Report of the Indian Hemp Drugs Commission, 1894-1895 - Volume I
Year: 1894
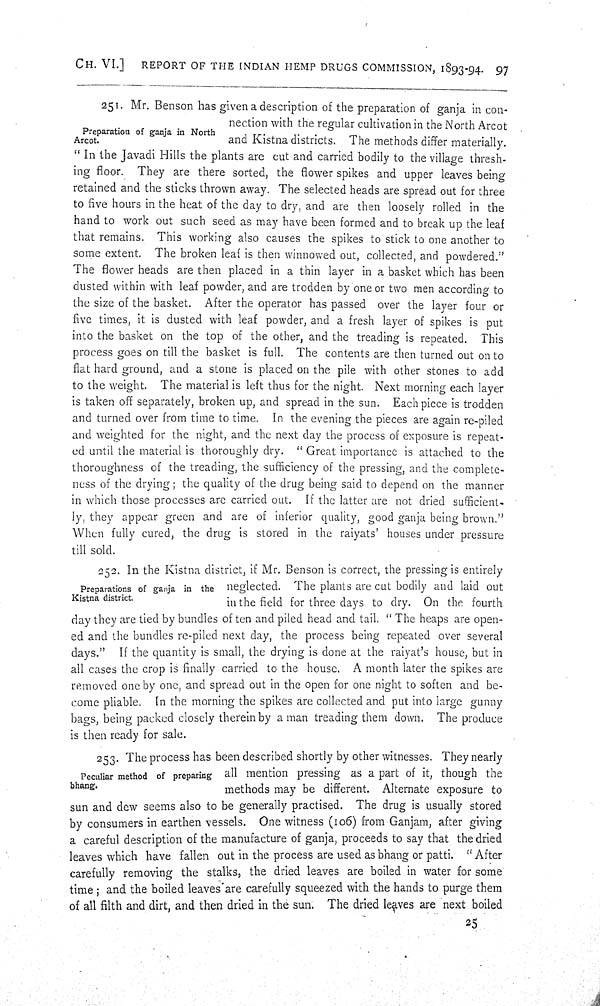
CH. VI.]
REPORT OF THE INDIAN HEMP DRUGS COMMISSION, 1893-94. 97
Preparation of ganja in North
Arcot.
251. Mr. Benson has given a description of the preparation of ganja in con-
nection with the regular cultivation in the North Arcot
and Kistna districts. The methods differ materially.
"In the Javadi Hills the plants are cut and carried bodily to the village thresh-
ing floor. They are there sorted, the flower spikes and upper leaves being
retained and the sticks thrown away. The selected heads are spread out for three
to five hours in the heat of the day to dry, and are then loosely rolled in the
hand to work out such seed as may have been formed and to break up the leaf
that remains. This working also causes the spikes to stick to one another to
some extent. The broken leaf is then winnowed out, collected, and powdered."
The flower heads are then placed in a thin layer in a basket which has been
dusted within with leaf powder, and are trodden by one or two men according to
the size of the basket. After the operator has passed over the layer four or
five times, it is dusted with leaf powder, and a fresh layer of spikes is put
into the basket on the top of the other, and the treading is repeated. This
process goes on till the basket is full. The contents are then turned out on to
flat hard ground, and a stone is placed on the pile with other stones to add
to the weight. The material is left thus for the night. Next morning each layer
is taken off separately, broken up, and spread in the sun. Each piece is trodden
and turned over from time to time. In the evening the pieces are again re-piled
and weighted for the night, and the next day the process of exposure is repeat-
ed until the material is thoroughly dry. "Great importance is attached to the
thoroughness of the treading, the sufficiency of the pressing, and the complete-
ness of the drying; the quality of the drug being said to depend on the manner
in which those processes are carried out. If the latter are not dried sufficient-
ly, they appear green and are of inferior quality, good ganja being brown."
When fully cured, the drug is stored in the raiyats' houses under pressure
till sold.
Preparations of ganja in the
Kistna district.
252. In the Kistna district, if Mr. Benson is correct, the pressing is entirely
neglected. The plants are cut bodily and laid out
in the field for three days to dry. On the fourth
day they are tied by bundles of ten and piled head and tail. "The heaps are open-
ed and the bundles re-piled next day, the process being repeated over several
days." If the quantity is small, the drying is done at the raiyat's house, but in
all cases the crop is finally carried to the house. A month later the spikes are
removed one by one, and spread out in the open for one night to soften and be-
come pliable. In the morning the spikes are collected and put into large gunny
bags, being packed closely therein by a man treading them down. The produce
is then ready for sale.
Peculiar method of preparing
bhang.
253. The process has been described shortly by other witnesses. They nearly
all mention pressing as a part of it, though the
methods may be different. Alternate exposure to
sun and dew seems also to be generally practised. The drug is usually stored
by consumers in earthen vessels. One witness (106) from Ganjam, after giving
a careful description of the manufacture of ganja, proceeds to say that the dried
leaves which have fallen out in the process are used as bhang or patti. "After
carefully removing the stalks, the dried leaves are boiled in water for some
time; and the boiled leaves are carefully squeezed with the hands to purge them
of all filth and dirt, and then dried in the sun. The dried leaves are next boiled
25